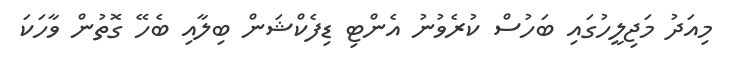
މިއަދު މަޖިިލީހުގައި ބަހުސް ކުރެވުނު އެންޓި ޑިފެކްޝަން ބިލާއި ބެހޭ ގޮތުން ވާހަކަ